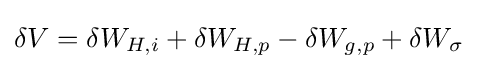
\delta V=\delta W_{H,i}+\delta W_{H,p}-\delta W_{g,p}+\delta W_{\sigma }